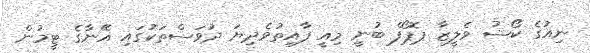
ނިއުގެ ކޯޝު ވެލީޒާ ޕޮޕޯފް ބުނީ މިއީ ފާއިތުވެދިޔަ ދުވަސްތަކުގައި އޭނާގެ ޓީމުން